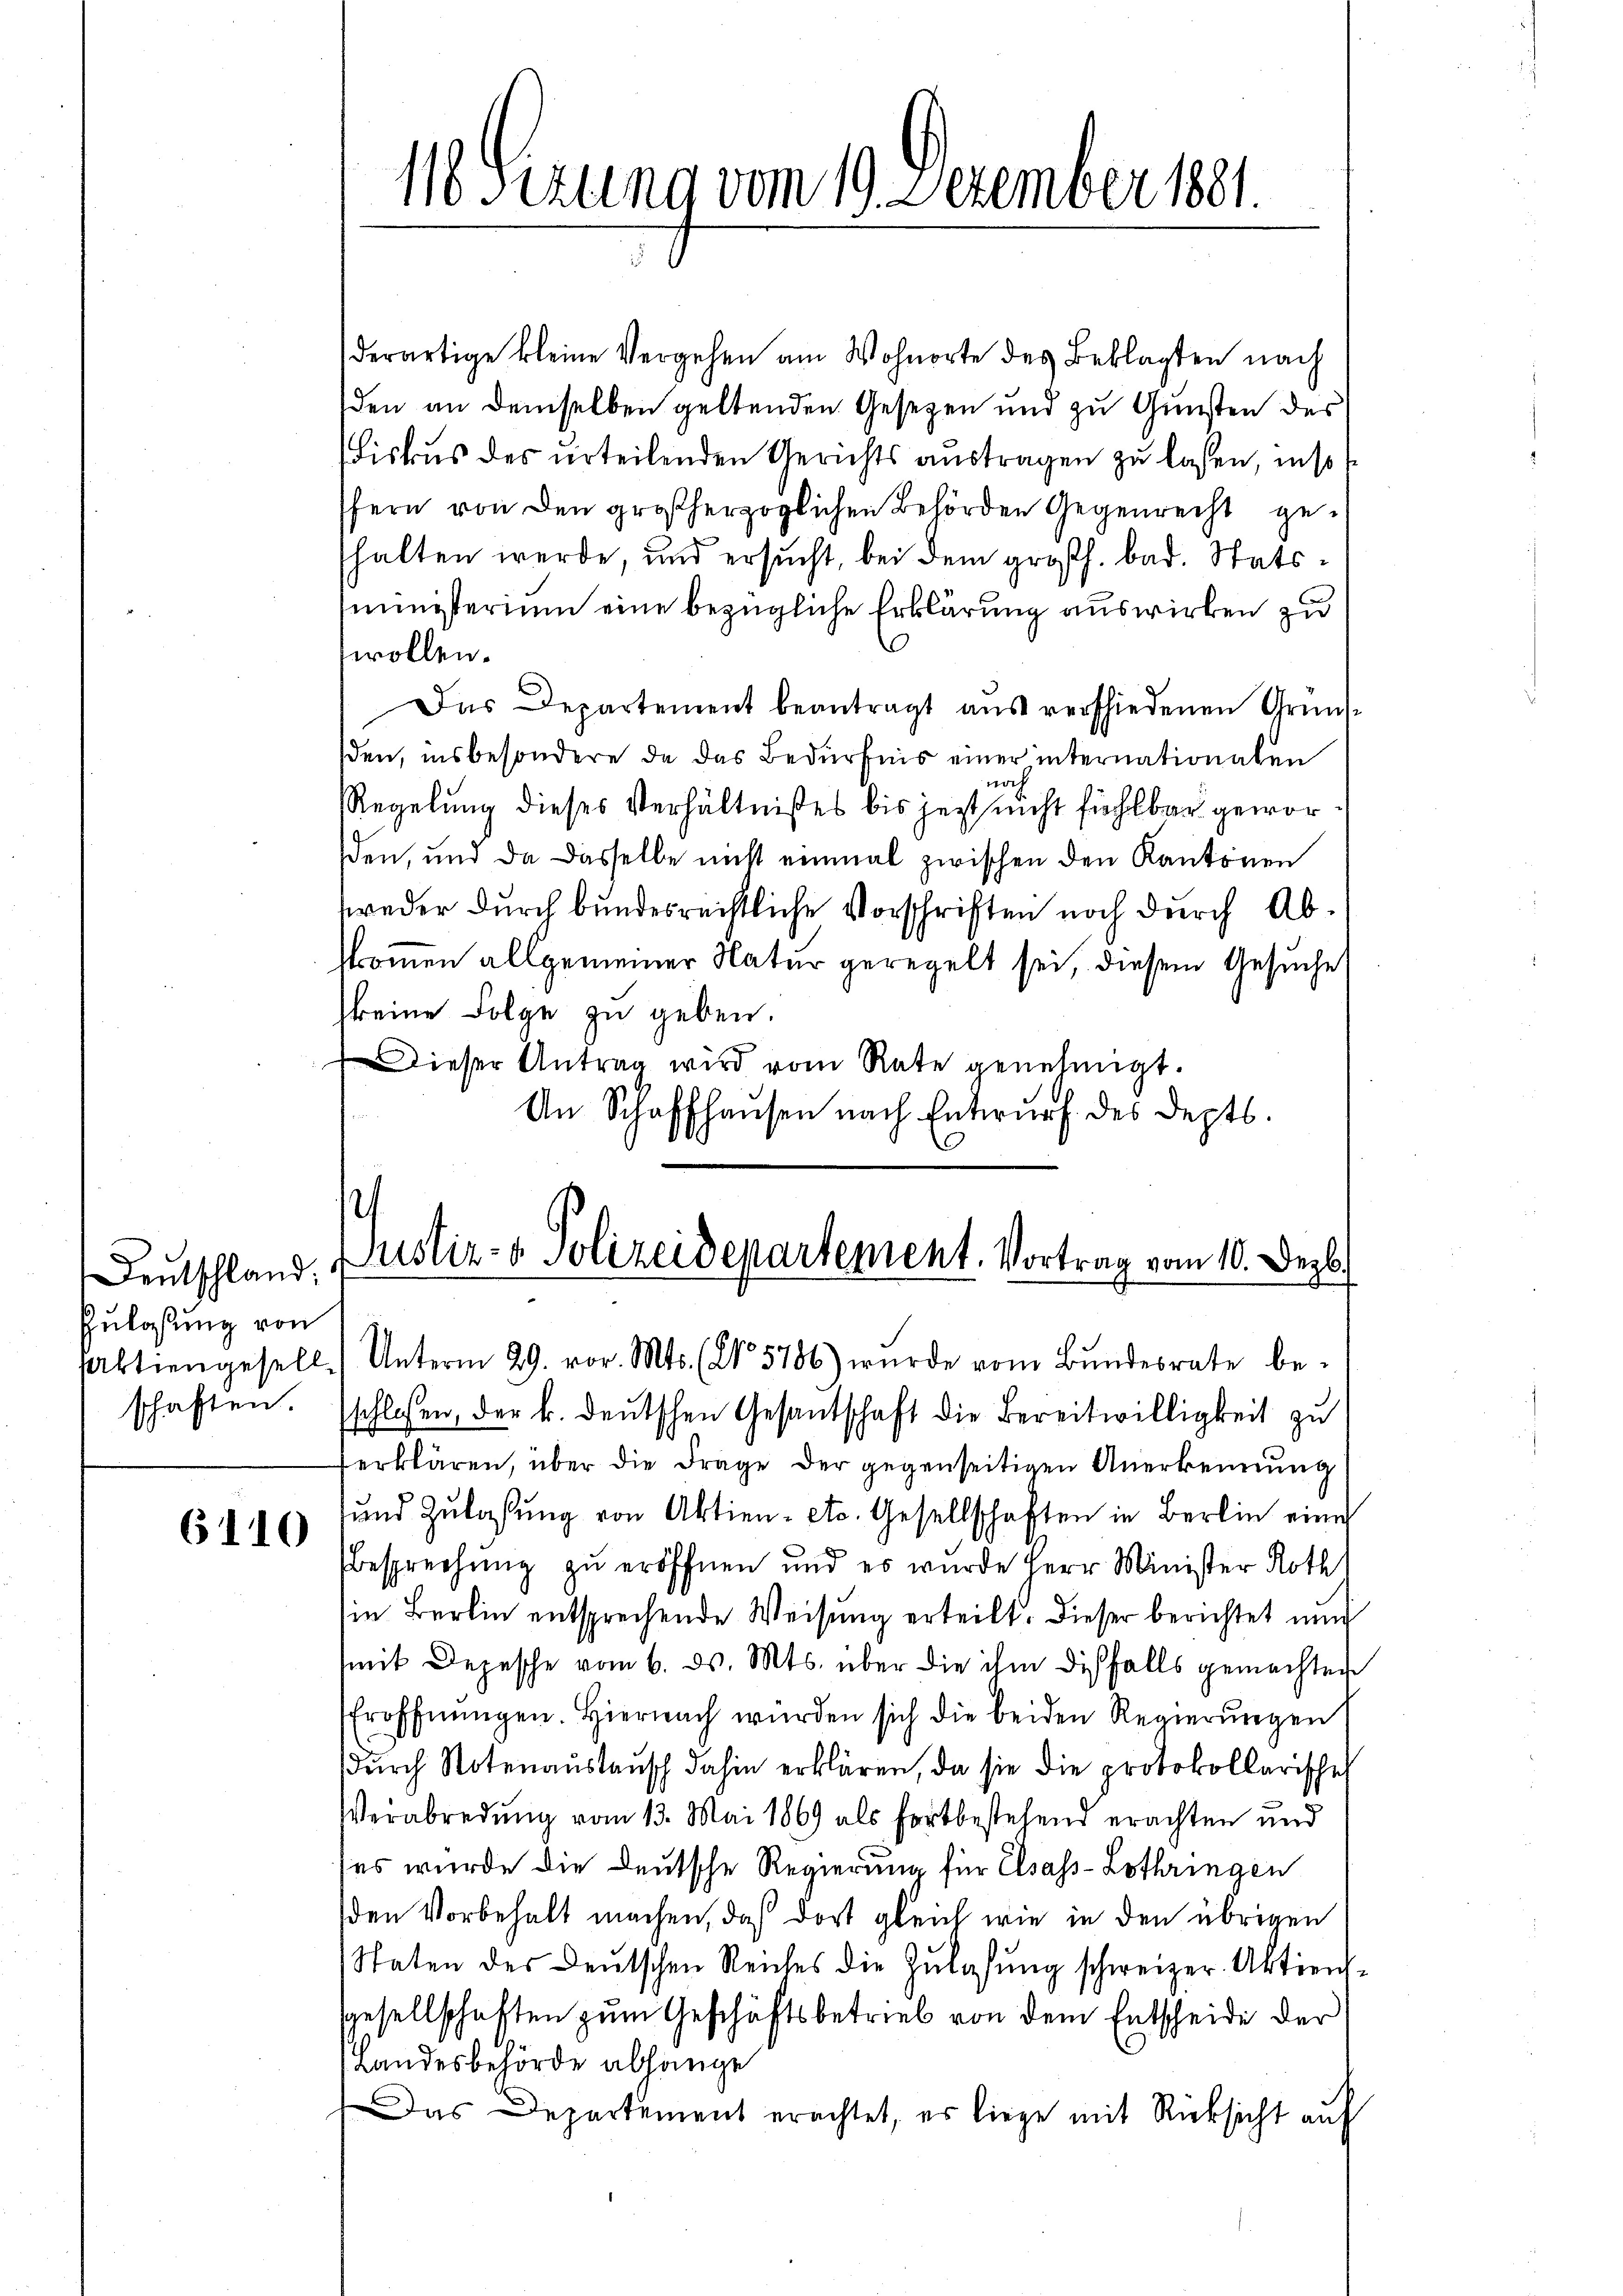
Zulassung von
Aktiengesell
schaften.

Deutschland:

6110

116 Sezung vom 19. Dezember 1881.

derartige kleine Vergehen am Wohnorte des Beklagten nach
den an demselben geltenden Gesetzen und zu Gunsten des
Biskus des urteilenden Gerichts austragen zu lassen, inso
fern von den großherzoglichen Behörden Gegenrecht gehalten werde, und ersucht, bei dem großh. bad. Statsministerium eine bezügliche Erklärung auswirken zu
wollen.
Das Departement beantragt aus verschiedenen Grünsden, insbesondere de das Bedürfnis einer internationalen
oet
Regelung dieses Verhältnißes bis jetzt nicht fühlbar geworden, und da dasselbe nicht einmal zwischen den Kantonen
weder durch bundesrechtliche Vorschriften noch durch Abkommen allgemeiner Natur geregelt sei, diesem Gesuche
keine Folge zu geben.
Dieser Antrag wird vom Rate genehmigt.
An Schaffhausen nach Entwurf des Depts.
s
Justiz- & Polizeidepartement. Vortrag vom 10. Dezb.
Unterm 29. vor. Mts. (N. 5786) wurde vom Bŭndesrate be-
schlossen, der k. deutschen Gesandschaft die Bereitwilligkeit zu
erklären, über die Frage der gegenseitigen Anerkennung
und Zulassung von Aktien- etc. Gesellschaften in Berlin eine
Besprechung zu eröffnen und es wurde Herr Minister Roth
in Berlin entsprechende Weisung erteilt. Dieser berichtet und
mit Depesche vom 6. ds. Mts. über die ihm diesfalls gemachten
Eröffnŭngen. Hiernach wurden sich die beiden Regierŭngen
durch Notenauslausch dahin erklären, da sie die protokollarische
Verabredung vom 13. Mai 1869 als fortbestehend erachten und
es wurde die Deutsche Regierung für Elsass-Lothringen
den Vorbehalt machen, daß dort gleich wie in den übrigen
Staten des Deutschen Reiches die Zulassung schweizer. Aktiengesellschaften zum Geschäftsbetrieb von dem Entscheide der
Landesbehörde abhange
Das Departement erachtet, es liege mit Rücksicht auf